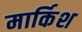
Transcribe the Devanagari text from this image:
मार्किश